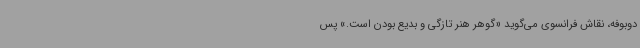
دوبوفه، نقاش فرانسوی می‌گوید «گوهر هنر تازگی و بدیع بودن است.» پس